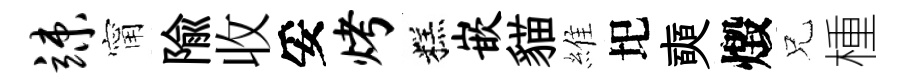
竦甯隃收妥烤糕嵌貓維圯奭燬兄㮔